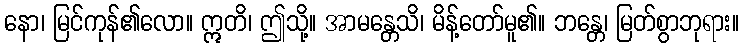
နော၊ မြင်ကုန်၏လော။ ဣတိ၊ ဤသို့။ အာမန္တေသိ၊ မိန့်တော်မူ၏။ ဘန္တေ၊ မြတ်စွာဘုရား။